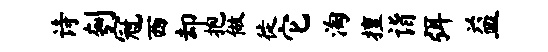
诗刳冠西却抱做徙它淘擅诣弭益